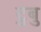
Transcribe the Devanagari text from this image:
टुबु